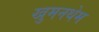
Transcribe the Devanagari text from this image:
खुमनथेम